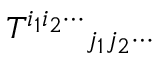
{ T ^ { i _ { 1 } i _ { 2 } \cdots } } _ { j _ { 1 } j _ { 2 } \cdots }